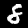
Digit: 8